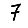
Digit: 7